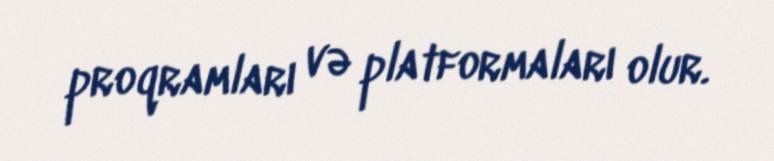
proqramları və platformaları olur.